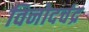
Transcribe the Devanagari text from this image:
विनोदचंद्र